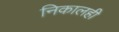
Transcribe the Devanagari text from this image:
निकालही